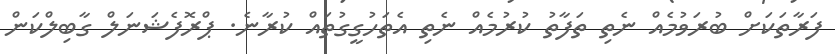
ފަރާތަކަށް ބުރަވުމެއް ނެތި ތަފާތު ކުރުމެއް ނެތި އެތަހުގީގުތައް ކުރާނެ. ޕްރޮފެޝަނަލް ގާބިލްކަން